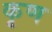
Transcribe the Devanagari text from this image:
कृण